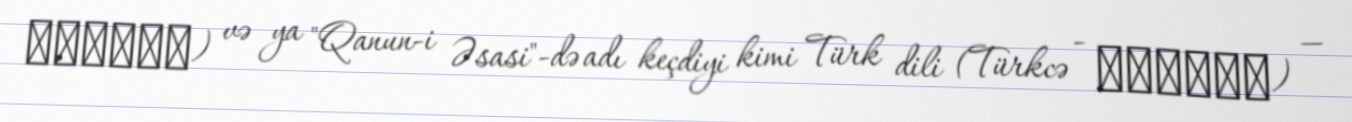
عثمانى) və ya "Qanun-i Əsasi"-də adı keçdiyi kimi Türk dili (Türkcə - توركجه) —